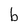
Character: b